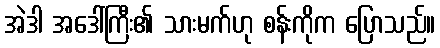
အဲဒါ အဒေါ်ကြီး၏ သားမက်ဟု စန်းကိုက ပြောသည်။